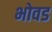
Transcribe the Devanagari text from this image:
भोवड